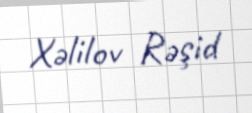
Xəlilov Rəşid